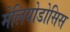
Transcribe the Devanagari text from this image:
मेलियोडोसिस